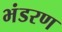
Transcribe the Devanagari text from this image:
भंडरण